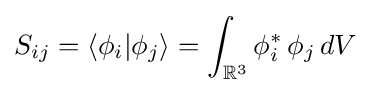
S_{ij}=\langle \phi _{i}|\phi _{j}\rangle =\int _{\mathbb {R} ^{3}}\phi _{i}^{*}\,\phi _{j}\,dV